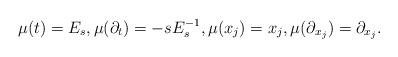
LaTeX: \begin{align*}\mu(t) = E_s, \mu(\partial_t) = -sE_s^{-1}, \mu(x_j) = x_j, \mu(\partial_{x_j}) = \partial_{x_j}. \end{align*}